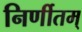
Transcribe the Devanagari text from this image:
निर्णीतम्